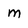
Character: m